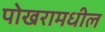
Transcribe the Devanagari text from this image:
पोखरामधील